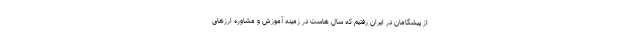
از پیشگامان در ایران رفتیم که سال هاست در زمینه آموزش و مشاوره ارزهای